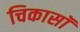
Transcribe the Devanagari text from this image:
चिकासॉ